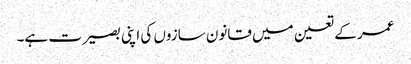
عمر کے تعین میں قانون سازوں کی اپنی بصیرت ہے۔